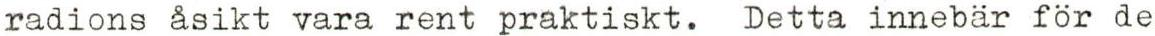
radions åsikt vara rent praktiskt. Detta innebär för de